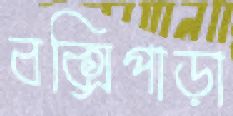
বক্সিপাড়া